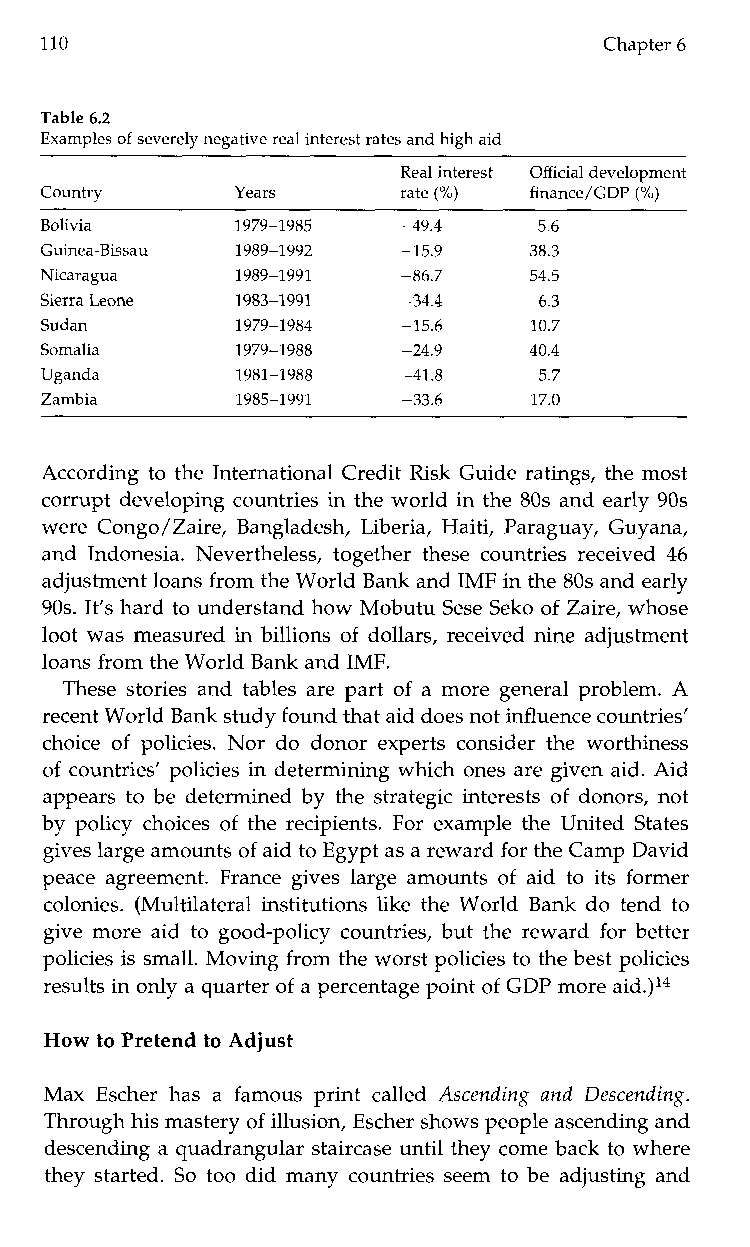
110                                  Chapter 6
 Table 6.2
 Examples of severely negative real interest rates and high aid
 Real interest Official development
 Country      Years     rate (YO) finance/GDP (70)
 ~  ~
 Bolivia      1979-1985  -49.4    5.6
 Guinea-Bissau 1989-1992 -15.9   38.3
 Nicaragua    1989-1991  -86.7   54.5
 Sierra Leone 1983-1991  -34.4    6.3
 Sudan        1979-1984  -15.6   10.7
 Somalia      1979-1988  -24.9   40.4
 Uganda       1981-1988  -41.8    5.7
 Zambia       1985-1991  -33.6   17.0
 According to the International Credit Risk Guide ratings, the most
 corrupt developing countries in the world in the 80s and early 90s
 were Congo/Zaire, Bangladesh, Liberia, Haiti, Paraguay, Guyana,
 and Indonesia. Nevertheless, together these countries received 46
 adjustment loans from the World Bank and IMF in the 80s and early
 90s. It’s hard to understand how Mobutu Sese Seko of Zaire, whose
 loot was measured in billions of dollars, received nine adjustment
 loans from the World Bank and IMF.
 These stories and tables are part of a more general problem. A
 recent World Bank study found thata id does not influence countries’
 choice of policies. Nor do donor experts consider the worthiness
 of countries’ policies in determining which ones are given aid. Aid
 appears to be determined by the strategic interests of donors, not
 by policy choices of the recipients. For example the United States
 gives large amounts of aid to Egypt as a rewardf or the Camp David
 peace agreement. France gives large amounts of aid to its former
 colonies. (Multilateral institutions like the World Bank do tend to
 give more aid to good-policy countries, but the reward for better
 policies is small. Moving from the worst policies to the best policies
 results in only a quarter of a percentage point of GDP more aid.)14
 How to Pretend to Adjust
 MaxE scher has af amousp rint called Ascendinga ndD escending.
 Through his mastery of illusion, Escher shows people ascending and
 descending a quadrangular staircase until they come back to where
 they started. So too did many countries seem to be adjusting and